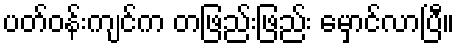
ပတ်ဝန်းကျင်က တဖြည်းဖြည်း မှောင်လာပြီ။